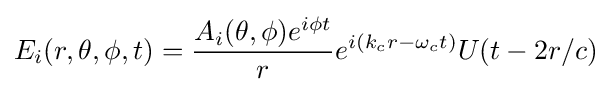
E_{i}(r,\theta ,\phi ,t)={\frac {A_{i}(\theta ,\phi )e^{i\phi t}}{r}}e^{i(k_{c}r-\omega _{c}t)}U(t-2r/c)